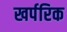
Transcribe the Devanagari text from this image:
खर्परिक